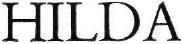
HILDA